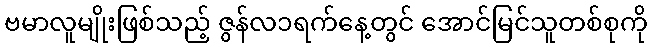
ဗမာလူမျိုးဖြစ်သည့် ဇွန်လ၁ရက်နေ့တွင် အောင်မြင်သူတစ်စုကို